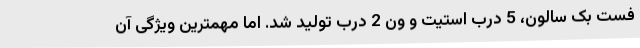
فست بک سالون، 5 درب استیت و ون 2 درب تولید شد. اما مهمترین ویژگی آن